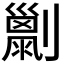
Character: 𠠌